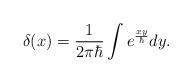
LaTeX: \begin{align*} \delta(x)=\frac{1}{2\pi \hbar}\int e^{\frac{xy}{\hbar}}dy. \end{align*}